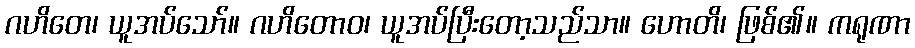
ဂဟိတေ၊ ယူအပ်သော်။ ဂဟိတောဝ၊ ယူအပ်ပြီးတော့သည်သာ။ ဟောတိ၊ ဖြစ်၏။ ကရုဏာ